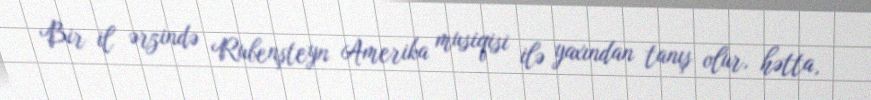
Bir il ərzində Rubenşteyn Amerika musiqisi ilə yaxından tanış olur, hətta,